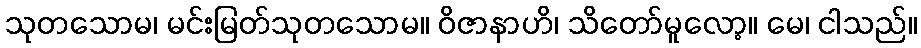
သုတသောမ၊ မင်းမြတ်သုတသောမ။ ဝိဇာနာဟိ၊ သိတော်မူလော့။ မေ၊ ငါသည်။